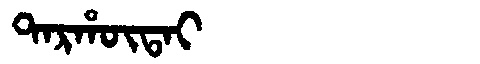
Manchu: ᡨᠠᡵᡥᡡᡨᠠᡳ
Romanization: TARHŪTAI